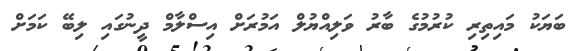
ބަޔަކު މައިތިރި ކުރުުމުގެ ބާރު ވަލިއްޔުލް އަމުރަށް އިސްލާމް ދީނުގައި ލިބޭ ކަމަށް